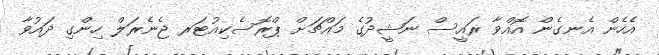
އެހެން އެނގެން އޮއްވާ ރައީސް ނަޝީދުގެ މައްޗަށް ޕްރޮސެކިއުޓަރ ޖެނެރަލް ހިންގި ދައުވާ